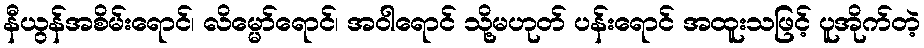
နီယွန်အစိမ်းရောင်၊ လိမ္မော်ရောင်၊ အဝါရောင် သို့မဟုတ် ပန်းရောင် အထူးသဖြင့် ပူအိုက်တဲ့